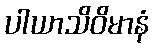
ပါယာသိဝိမာနံ